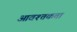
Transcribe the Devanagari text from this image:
आवश्तकता